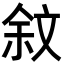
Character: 𣁏